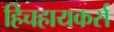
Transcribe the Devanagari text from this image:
हिचहायकर्स